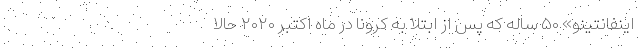
اینفانتینو» ۵۰ ساله که پس از ابتلا به کرونا در ماه اکتبر ۲۰۲۰ حالا